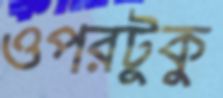
ওপরটুকু